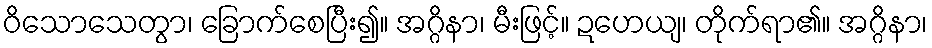
ဝိသောသေတွာ၊ ခြောက်စေပြီး၍။ အဂ္ဂိနာ၊ မီးဖြင့်။ ဍဟေယျ၊ တိုက်ရာ၏။ အဂ္ဂိနာ၊